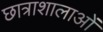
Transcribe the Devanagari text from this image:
छात्राशालाओं